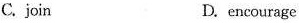
C. join D. encourage